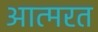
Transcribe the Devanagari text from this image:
आत्मरत